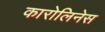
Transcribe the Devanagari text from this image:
कारोलिनेस